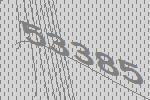
53385